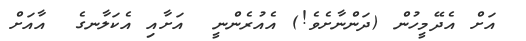
އަށް އެދޭމީހުން (ދަންނާށެވެ!) އެއުރެންނީ  އަށާއި އެކަލާނގެ  އާއަށް